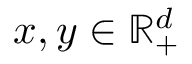
x , y \in \mathbb { R } _ { + } ^ { d }